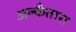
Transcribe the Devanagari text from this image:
अल्कँतारा